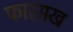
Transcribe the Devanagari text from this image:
फारसख